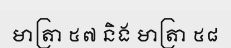
មាត្រា ៥៧ និង មាត្រា ៥៨